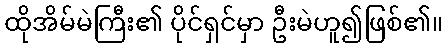
ထိုအိမ်မဲကြီး၏ ပိုင်ရှင်မှာ ဦးမဲဟူ၍ဖြစ်၏။